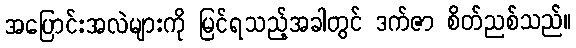
အပြောင်းအလဲများကို မြင်ရသည့်အခါတွင် ဒက်ဇာ စိတ်ညစ်သည်။